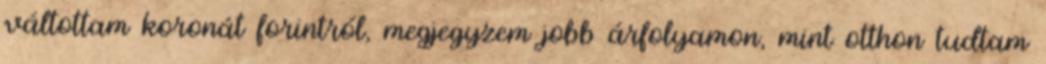
váltottam koronát forintról, megjegyzem jobb árfolyamon, mint otthon tudtam